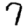
Digit: 7